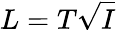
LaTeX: L=T\sqrt{I}